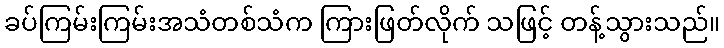
ခပ်ကြမ်းကြမ်းအသံတစ်သံက ကြားဖြတ်လိုက် သဖြင့် တန့်သွားသည်။